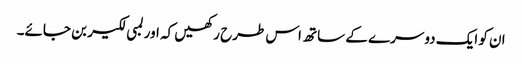
ان کو ایک دوسرے کے ساتھ اس طرح رکھیں کہ اور لمبی لکیر بن جائے۔